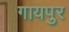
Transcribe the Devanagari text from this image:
गायपुर